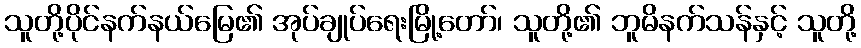
သူတို့ပိုင်နက်နယ်မြေ၏ အုပ်ချုပ်ရေးမြို့တော်၊ သူတို့၏ ဘူမိနက်သန်နှင့် သူတို့